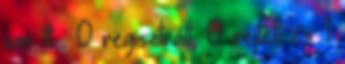
van itt :: 0 regisztrált, 0 rejtett és 1